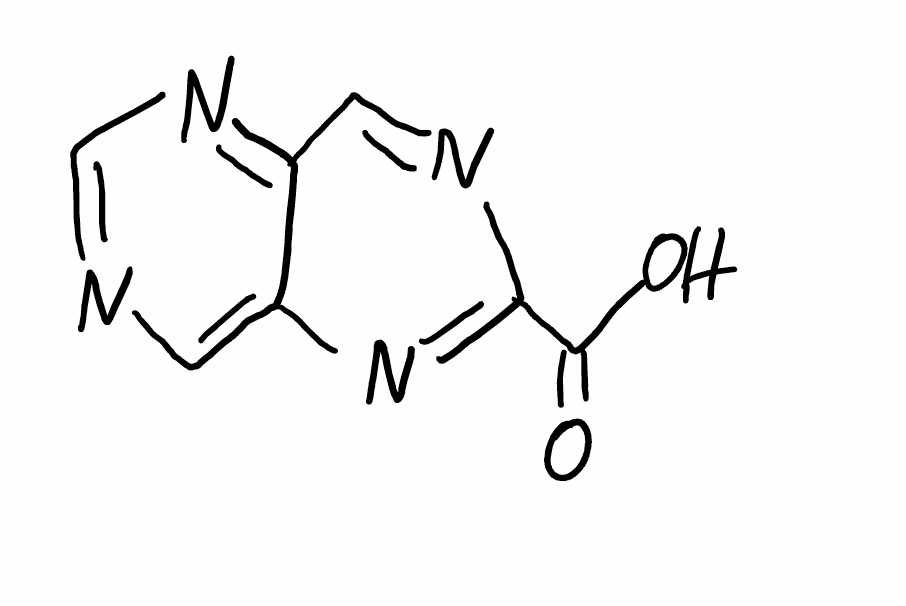
Simplified molecular-input line-entry system (SMILES) notation of the given molecule:
C1=C2C(=NC=N1)C=NC(=N2)C(=O)O